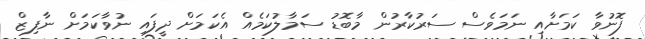
ފޮނުވާ ކަމަށާއި ނަމަވެސް ސަރުކާރުން މާބޮޑު ސަމާލުކަމެއް އެކަމަށް ދީފައި ނުވާކަމަށް ނާފިޒް